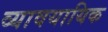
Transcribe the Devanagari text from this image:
व्‍यावयायिक